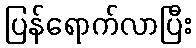
ပြန်ရောက်လာပြီး